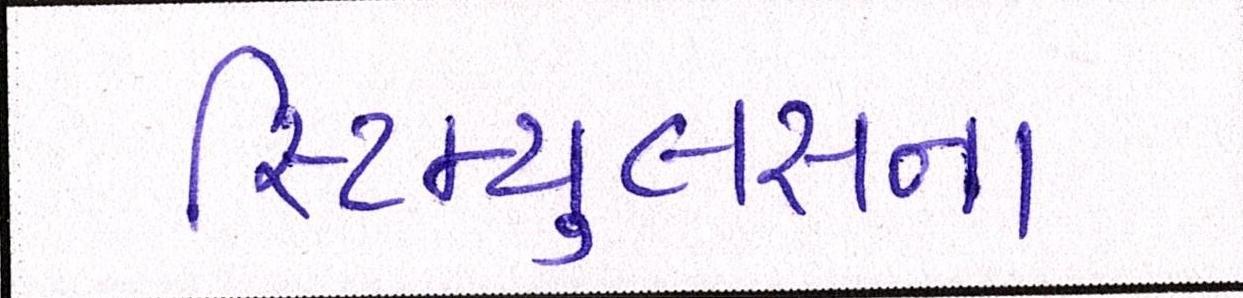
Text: સ્ટિમ્યુલસના